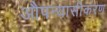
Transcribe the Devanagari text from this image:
औपन्यासीकरण